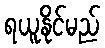
ရယူနိုင်မည်